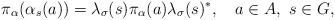
LaTeX: \begin{align*}\pi_\alpha(\alpha_s(a))=\lambda_\sigma(s)\pi_\alpha(a)\lambda_\sigma(s)^*,\ \ \ a\in A,\ s\in G,\end{align*}